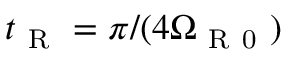
t _ { \mathrm { ~ R ~ } } = \pi / ( 4 \Omega _ { \mathrm { ~ R ~ 0 ~ } } )